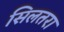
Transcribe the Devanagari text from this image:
सिलतरा